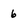
Character: 6